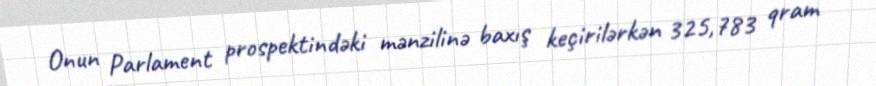
Onun Parlament prospektindəki mənzilinə baxış keçirilərkən 325,783 qram